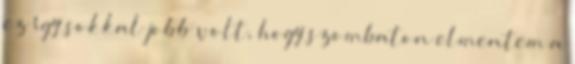
ez így sokkal jobb volt, hogy szombaton elmentem a